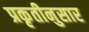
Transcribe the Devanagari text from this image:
प्रकृतीनुसार